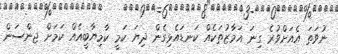
ނުވަތަ އެއަށްވުރެ ގިނަ އަމާޒުތަކެއް ކަނޑައެޅިގެން ދިޔަ ކަމީ ކާމިޔާބީއެއް ކަމަށް ޖންސަން